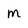
Character: m